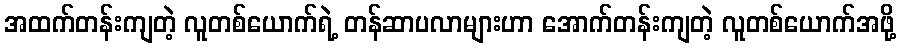
အထက်တန်းကျတဲ့ လူတစ်ယောက်ရဲ့ တန်ဆာပလာများဟာ အောက်တန်းကျတဲ့ လူတစ်ယောက်အဖို့